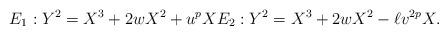
LaTeX: \begin{align*} E_1 : Y^2 =X^3 + 2wX^2 + u^pX E_2 : Y^2 =X^3 + 2wX^2 - \ell v^{2p}X.\end{align*}